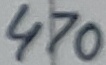
Text: 470